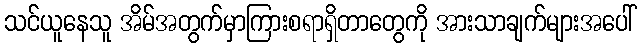
သင်ယူနေသူ အိမ်အတွက်မှာကြားစရာရှိတာတွေကို အားသာချက်များအပေါ်